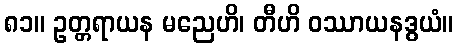
၈၁။ ဥတ္တရာယန မညေဟိ၊ တီဟိ ဝဿာယနဒွယံ။